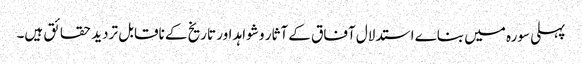
پہلی سورہ میں بناے استدلال آفاق کے آثار و شواہد اور تاریخ کے ناقابل تردید حقائق ہیں۔